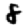
Digit: 8